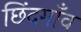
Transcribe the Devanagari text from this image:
छिंदगाँव